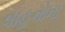
વાહનોના